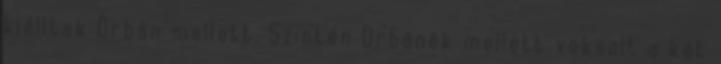
kiálltak Orbán mellett. Szintén Orbánék mellett voksolt a két